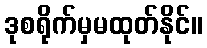
ဒုစရိုက်မှမထုတ်နိုင်။